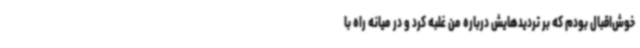
خوش‌اقبال بودم که بر تردیدهایش درباره من غلبه کرد و در میانه راه با